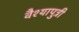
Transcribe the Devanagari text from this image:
वैश्यापुत्री